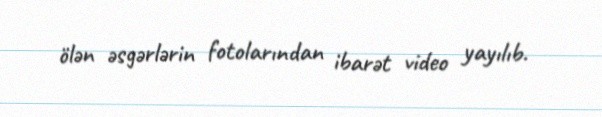
ölən əsgərlərin fotolarından ibarət video yayılıb.